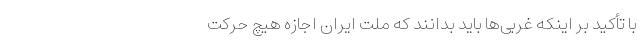
با تأکید بر اینکه غربی‌ها باید بدانند که ملت ایران اجازه هیچ حرکت